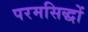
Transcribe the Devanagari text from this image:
परमसिद्धों